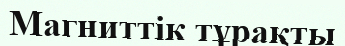
Магниттік тұрақты